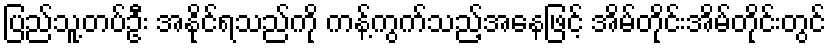
ပြည်သူ့တပ်ဦး အနိုင်ရသည်ကို ကန့်ကွက်သည့်အနေဖြင့် အိမ်တိုင်းအိမ်တိုင်းတွင်